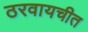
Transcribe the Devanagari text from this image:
ठरवायचीत